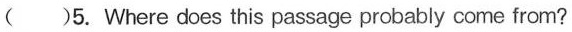
( )5. Where does this passage probably come from?